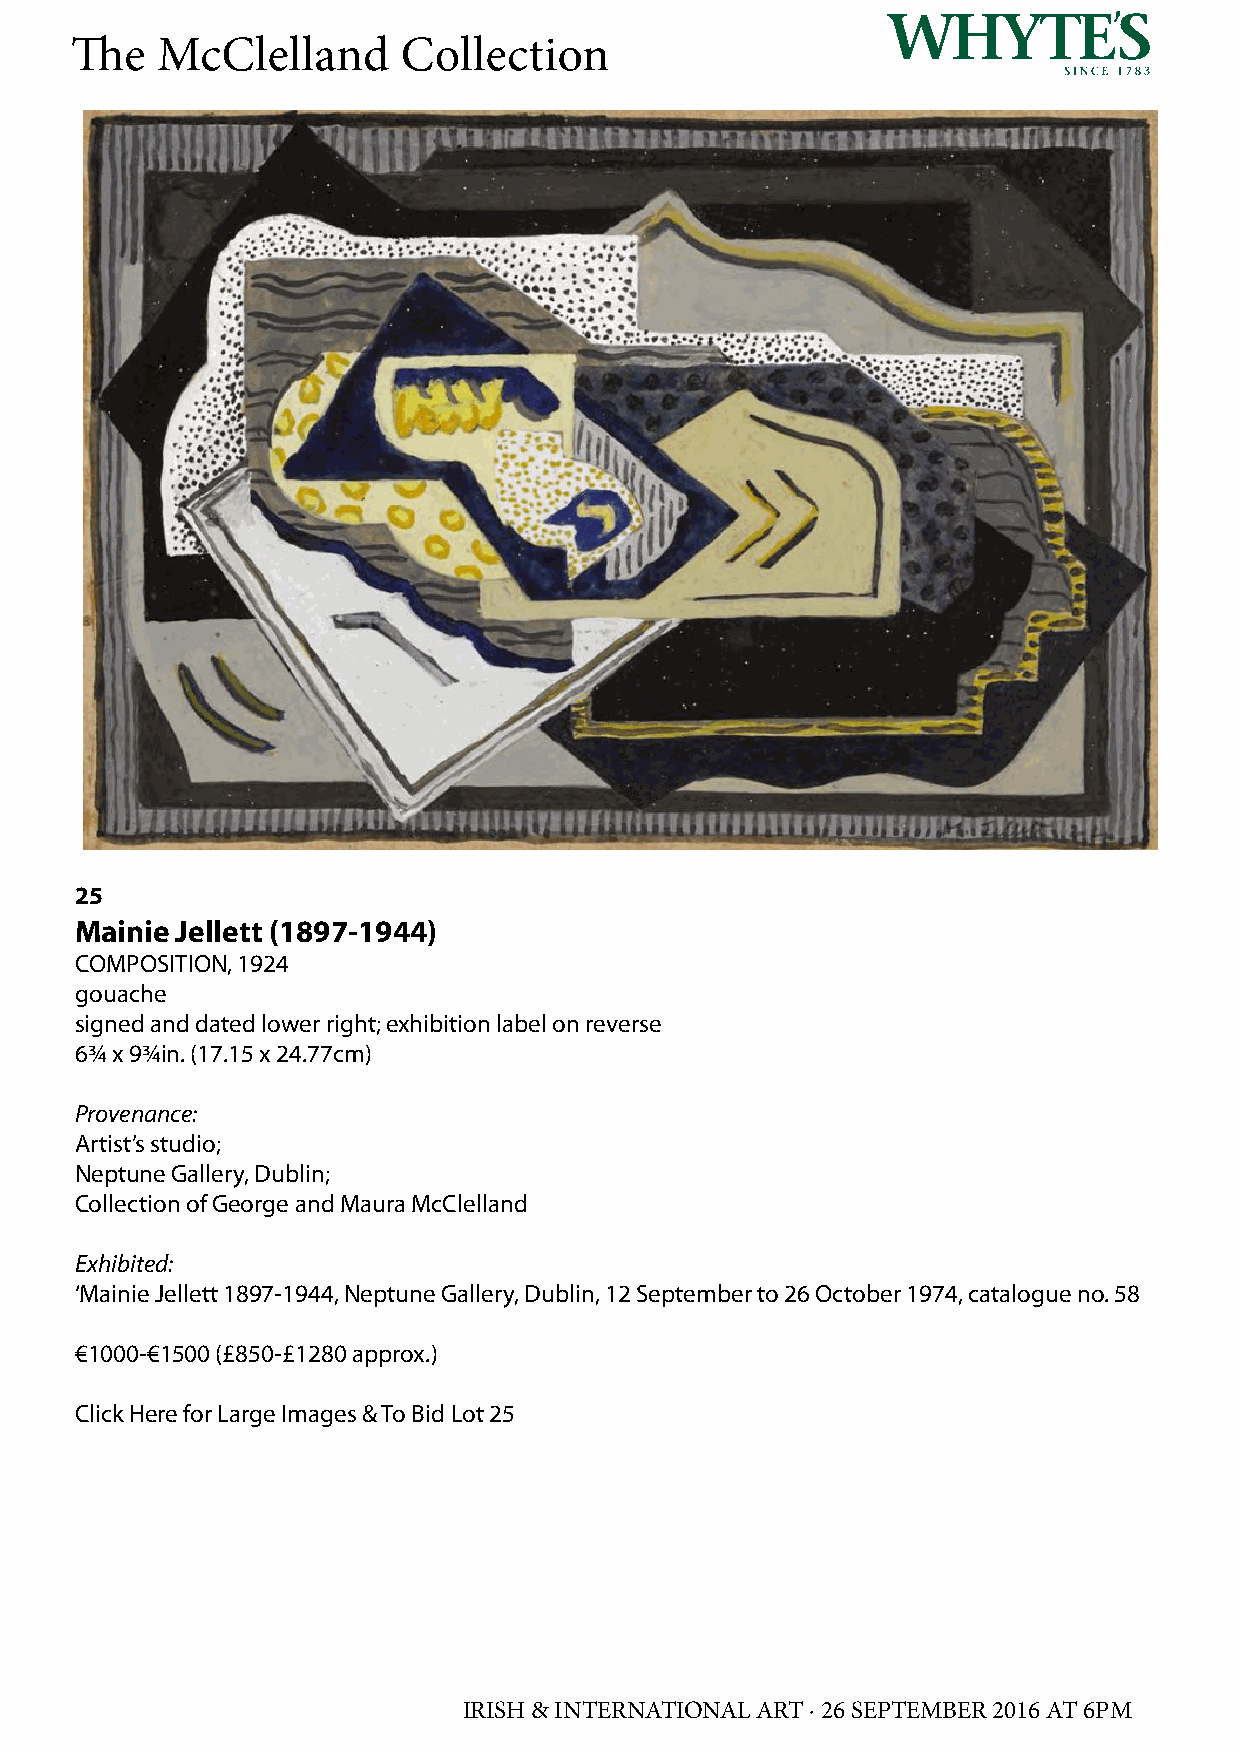
The  McClelland       Collection
 25
 Mainie Jellett (1897-1944)
 COMPOSITION, 1924
 gouache
 signed and dated lower right; exhibition label on reverse
 6¾ x 9¾in. (17.15 x 24.77cm)
 Provenance:
 Artist’s studio;
 Neptune Gallery, Dublin;
 Collection of George and Maura McClelland
 Exhibited:
 ‘Mainie Jellett 1897-1944, Neptune Gallery, Dublin, 12 September to 26 October 1974, catalogue no. 58
 €1000-€1500 (£850-£1280 approx.)
 Click Here for Large Images & To Bid Lot 25
 IRISH & INTERNATIONAL ART · 26 SEPTEMBER 2016 AT 6PM